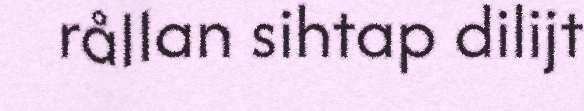
rållan sihtap dilijt